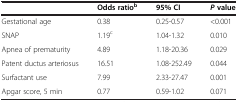
|  | Odds ratiob | 95% CI | P value |
 | --- | --- | --- | --- |
 | Gestational age | 0.38 | 0.25-0.57 | <0.001 |
 | SNAP | 1.19c | 1.04-1.32 | 0.010 |
 | Apnea of prematurity | 4.89 | 1.18-20.36 | 0.029 |
 | Patent ductus arteriosus | 16.51 | 1.08-252.49 | 0.044 |
 | Surfactant use | 7.99 | 2.33-27.47 | 0.001 |
 | Apgar score, 5 min | 0.77 | 0.59-1.02 | 0.071 |